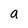
Character: a